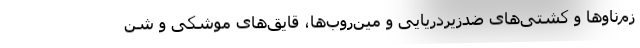
زم‌ناوها و کشتی‌های ضدزیردریایی و مین‌روب‌ها، قایق‌های موشکی و شن